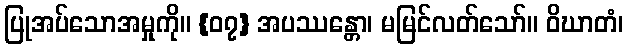
ပြုအပ်သောအမှုကို။ {၀၇} အပဿန္တော၊ မမြင်လတ်သော်။ ဝိဃာတံ၊